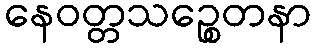
နေဝတ္တသဉ္စေတနာ